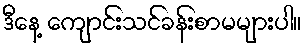
ဒီနေ့ ကျောင်းသင်ခန်းစာမများပါ။